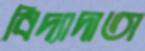
বিদ্যাদাতা